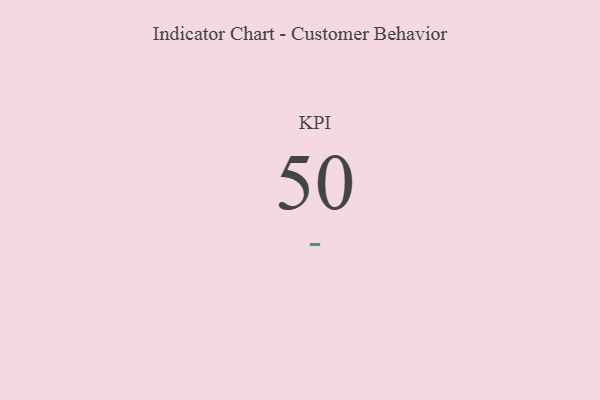
{"axis": {"x": "KPI", "y": "Value"}, "legend": [""], "data": [{"x": "KPI", "y": 50, "type": ""}]}